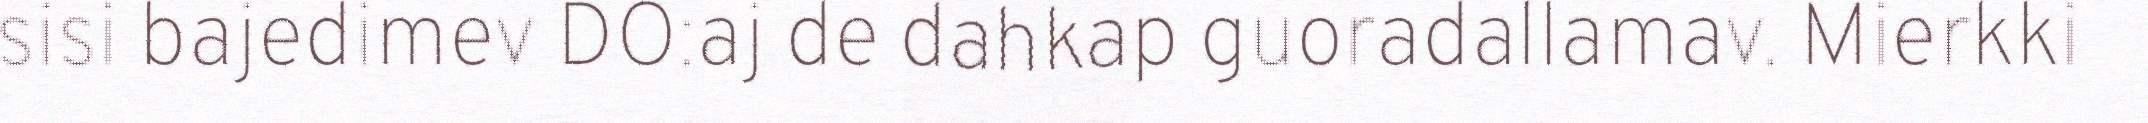
sisi bajedimev DO:aj de dahkap guoradallamav. Mierkki